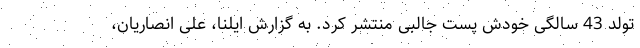
تولد 43 سالگی خودش پست جالبی منتشر کرد. به گزارش ایلنا، علی انصاریان،